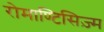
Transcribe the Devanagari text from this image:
रोमाण्टिसिज़्म